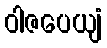
ဝါဇပေယျံ